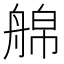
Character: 艊